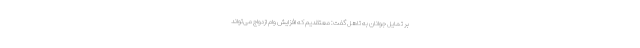
بر تمایل جوانان به تاهل گفت: معتقدیم که افزایش وام ازدواج می‌تواند